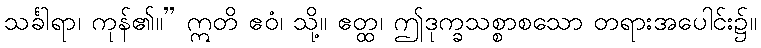
သင်္ခါရာ၊ ကုန်၏။” ဣတိ ဧဝံ၊ သို့။ ဧတ္ထ၊ ဤဒုက္ခသစ္စာစသော တရားအပေါင်း၌။